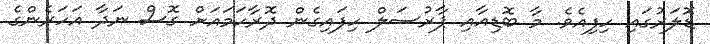
ޑޮލަރުގައި ހިފިއެވެ. މާ ބޮޑިއާއި ޕާރުސަލް ހިފައިގެން ދޮރާހަމައަށް ގޮސް ނަދާ އަހަރެންގެ